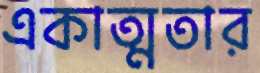
একাত্মতার